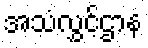
အသံလွှင့်ဌာန